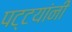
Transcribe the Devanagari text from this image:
पट्टयांनी